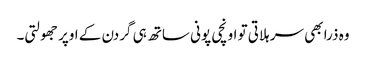
وہ ذرا بھی سر ہلاتی تو اونچی پونی ساتھ ہی گردن کے اوپر جھولتی۔